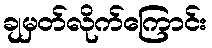
ချမှတ်လိုက်ကြောင်း